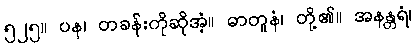
၅၂၅။ ပန၊ တခန်းကိုဆိုအံ့။ ဓာတူနံ၊ တို့၏။ အနန္တရံ၊